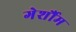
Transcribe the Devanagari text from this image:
गेर्शौम